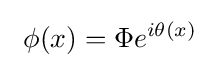
\ \phi (x)=\Phi e^{i\theta (x)}\